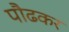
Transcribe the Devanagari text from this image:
पौढकर